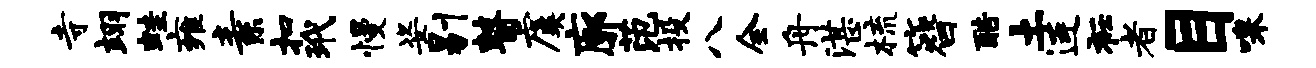
寺翊蛙雍素扣玳慢姿剔瞽虞廓范投八全舟湛梳簪酷土连衽者目嗥